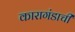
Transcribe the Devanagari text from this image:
कारागंडाची